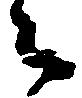
々